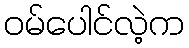
ဝမ်ပေါင်လဲ့က